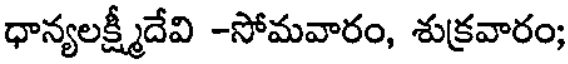
ధాన్యలక్ష్మీదేవి -సోమవారం, శుక్రవారం;